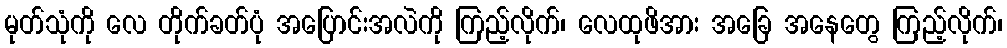
မုတ်သုံကို လေ တိုက်ခတ်ပုံ အပြောင်းအလဲကို ကြည့်လိုက်၊ လေထုဖိအား အခြေ အနေတွေ ကြည့်လိုက်၊